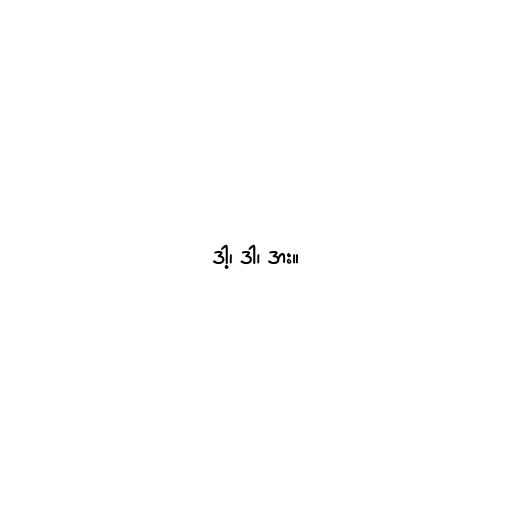
ဒါ့၊ ဒါ၊ ဒား။